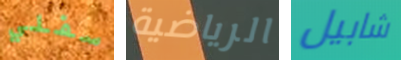
سفلي الرياضية شابيل